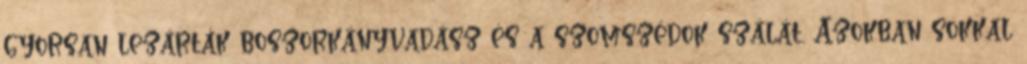
gyorsan lezárták boszorkányvadász és a szomszédok szálát. Azokban sokkal